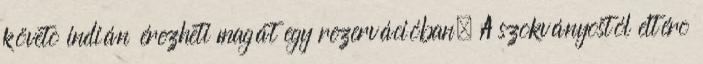
követõ indián érezheti magát egy rezervációban. A szokványostól eltérõ